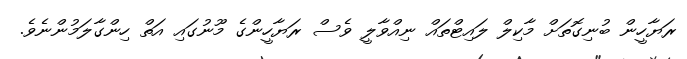
ރަޔާހީން ބުނިގޮތަށް މާކިލް ލައިޓްތައް ނިއްވާލީ ވެސް ރަޔާހީންގެ މޫނުގައި އަތް ހިންގާލަމުންނެވެ.